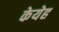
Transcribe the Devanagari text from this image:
केयेह